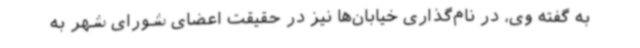
به گفته وی، در نام‌گذاری خیابان‌ها نیز در حقیقت اعضای شورای شهر به